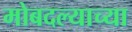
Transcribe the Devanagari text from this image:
मोबदल्याच्या